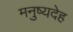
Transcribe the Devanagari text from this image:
मनुष्यदेह